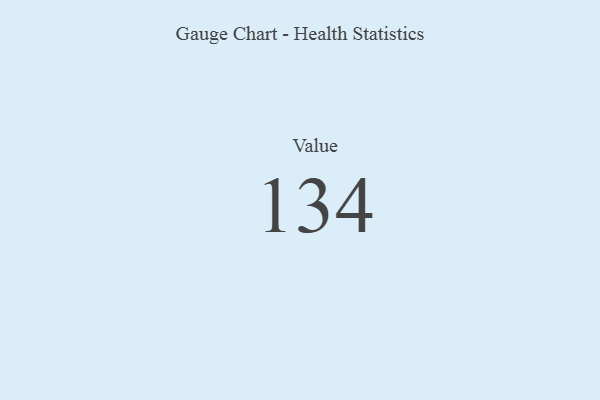
{"axis": {"x": "Metric", "y": "Value"}, "legend": [""], "data": [{"x": "Value", "y": 134, "type": ""}]}